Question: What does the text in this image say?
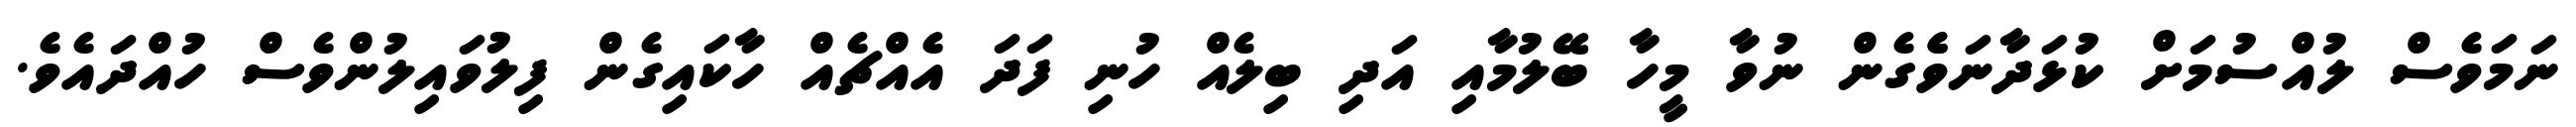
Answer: ނަމަވެސް ލުއްސުމަށް ކުޅަދާނަވެެގެން ނުވާ މީހާ ބޭލުމާއި އަދި ބިލެއް ހުނި ފަދަ އެއްޗެއް ހާކައިގެން ފިލުވައިލުންވެސް ހުއްދައެވެ.